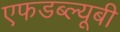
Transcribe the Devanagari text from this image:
एफडब्ल्यूबी